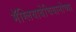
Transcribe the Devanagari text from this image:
मॅग्लियाबेचियानोच्या